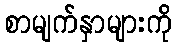
စာမျက်နှာများကို